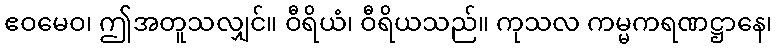
ဧဝမေဝ၊ ဤအတူသလျှင်။ ဝီရိယံ၊ ဝီရိယသည်။ ကုသလ ကမ္မကရဏဋ္ဌာနေ၊